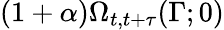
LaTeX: (1+\alpha)\Omega_{t,t+\tau}(\Gamma;0)